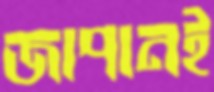
জাপানই